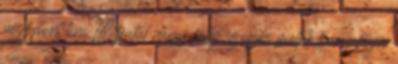
nézőpont tini 18 fiatal nagy fasz szopás mellek barnahajú